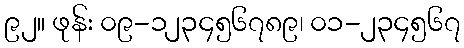
၉၂။ ဖုန်း ၀၉-၁၂၃၄၅၆၇၈၉၊ ၀၁-၂၃၄၅၆၇